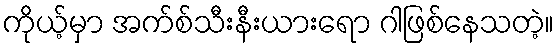
ကိုယ့်မှာ အက်စ်သီးနီးယားရော ဂါဖြစ်နေသတဲ့။